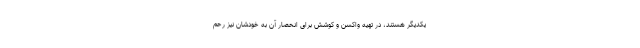
یکدیگر هستند، در تهیه واکسن و کوشش برای انحصار آن به خودشان نیز رحم